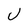
Character: U